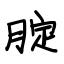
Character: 腚